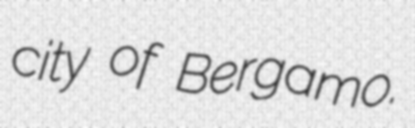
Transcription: city of Bergamo.